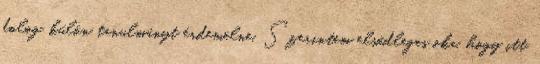
dolog, külön tanulmányt érdemelne. Szerintem elsődleges oka, hogy itt